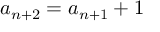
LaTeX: a _ { n + 2 } = a _ { n + 1 } + 1